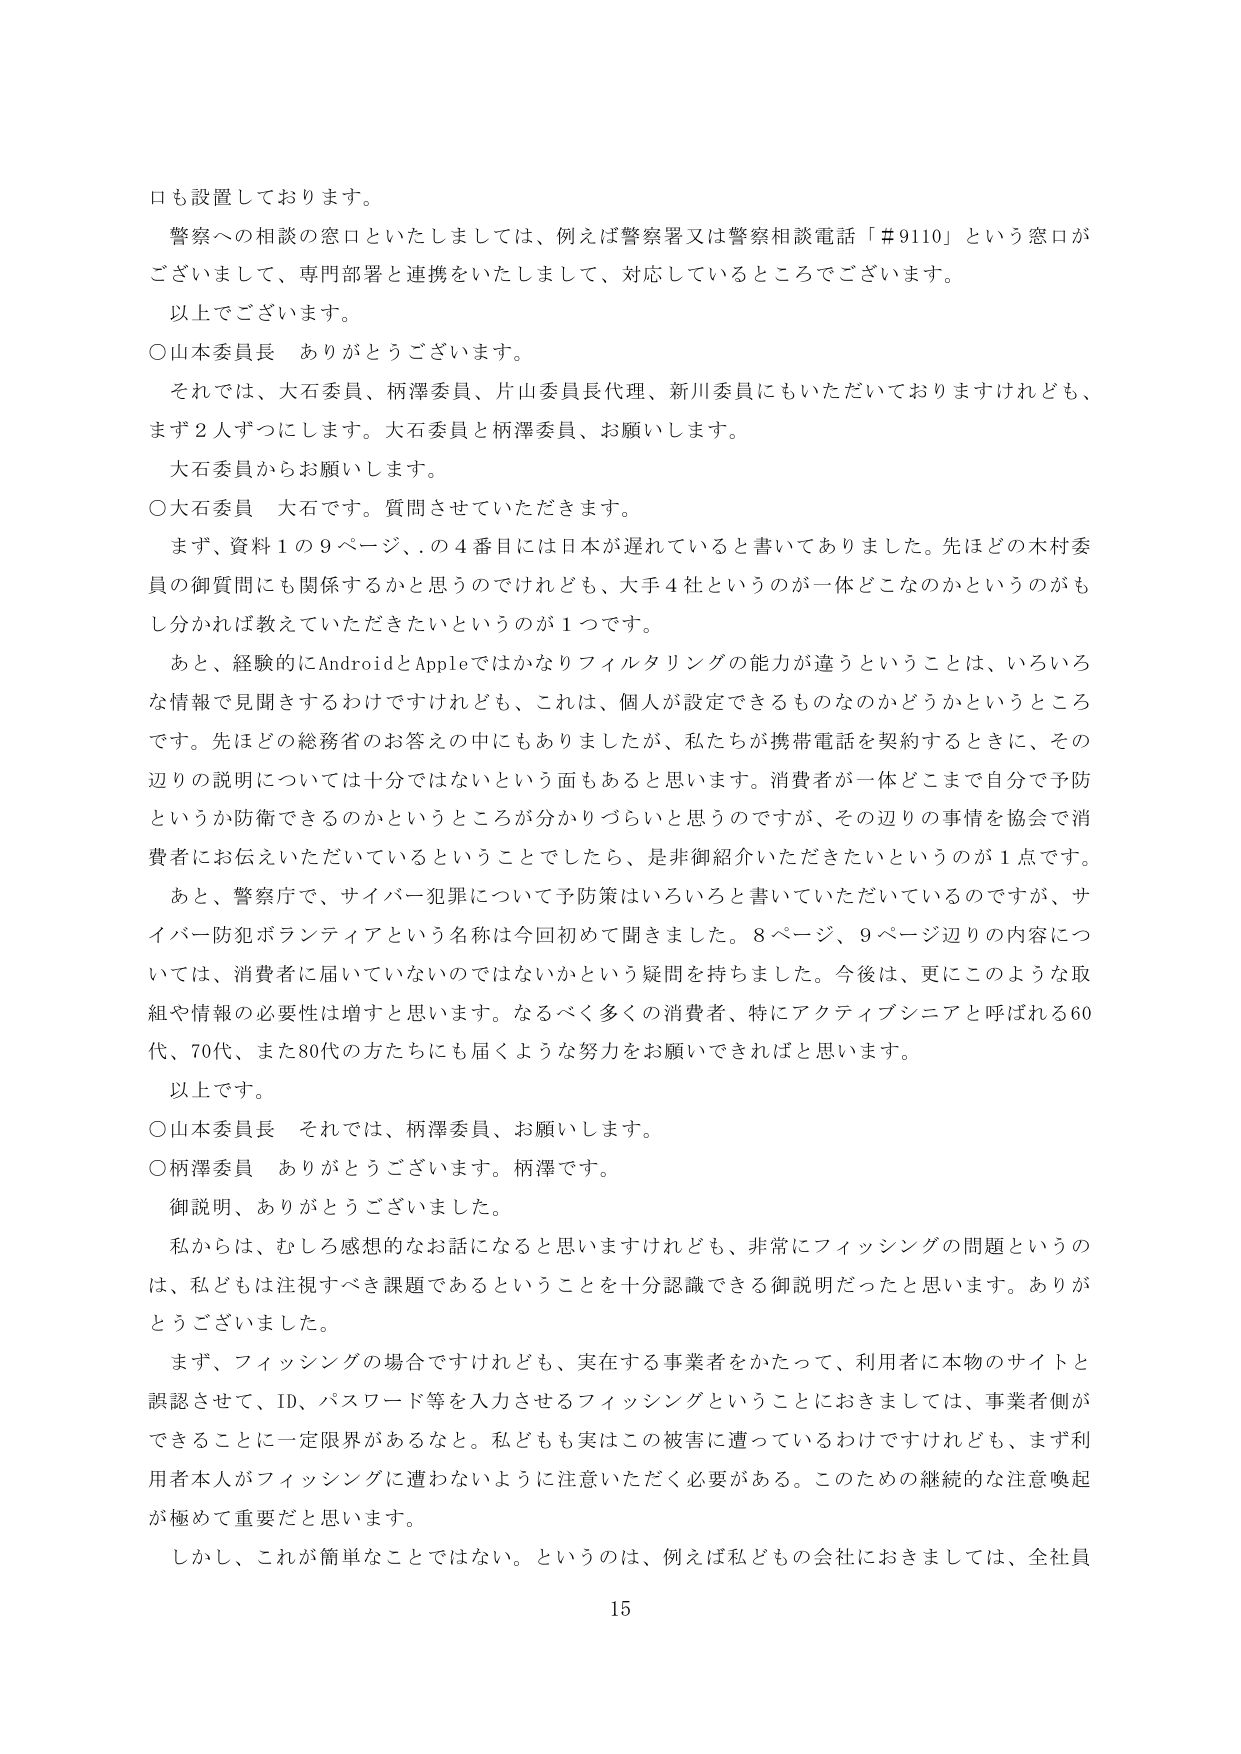
口も設置しております。

警察への相談の窓口といたしましては、例えば警察署又は警察相談電話「＃9110」という窓口がございまして、専門部署と連携をいたしまして、対応しているところでございます。

以上でございます。

○山本委員長　ありがとうございます。

それでは、大石委員、柄澤委員、片山委員長代理、新川委員にもいただいておりますけれども、まず2人ずつにします。大石委員と柄澤委員、お願いします。

大石委員からお願いします。

○大石委員　大石です。質問させていただきます。

まず、資料1の9ページ、の4番目には日本が遅れていると書いてありました。先ほど木村委員の御質問にも関係するかと思うのでけれども、大手4社というのが一体どこなのかというのがもしどうか分かれば教えていただきたいというのが1つです。

あと、経験的にAndroidとAppleではかなりフィルタリングの能力が違うということは、いろいろな情報に見聞きするわけですけれども、これは、個人が設定できるものなのかどうかというところです。先ほど総務省のお答えの中にもありましたが、私たちが携帯電話を契約するときに、その辺りの説明については十分ではないという面もあると思います。消費者が一体どこまで自分で予防というか防衛できるのかというところが分かりづらいと思うのですが、その辺りの事情を協会で消費者にお伝えいただいているということでしたら、是非御紹介いただきたいというのが1点です。

あと、警察庁で、サイバー犯罪について予防策はいろいろと書いていただいているのですが、サイバー防犯ボランティアという名称は今回初めて聞きました。8ページ、9ページ辺りの内容については、消費者に届いていないのではないかという疑問を持ちました。今後は、更にこのような取組や情報の必要性は増すと思います。なるべく多くの消費者、特にアクティブシニアと呼ばれる60代、70代、また80代の方たちにも届くような努力をお願いできればと思います。

以上です。

○山本委員長　それでは、柄澤委員、お願いします。

○柄澤委員　ありがとうございます。柄澤です。

御説明、ありがとうございました。

私からは、むしろ感想的なお話になると思いますけれども、非常にフィッシングの問題というのは、私どもは注視すべき課題であるということを十分認識できる御説明だったと思います。ありがとうございました。

まず、フィッシングの場合ですけれども、実在する事業者をかたって、利用者に本物のサイトと誤認させて、ID、パスワード等を入力させるフィッシングということにおきましては、事業者側ができることに一定限界があるなと。私どもも実はこの被害に遭っているわけですけれども、まず利用者本人がフィッシングに遭わないように注意いただく必要がある。このための継続的な注意喚起が極めて重要だと思います。

しかし、これが簡単なことではない。というのは、例えば私どもの会社におきましては、全社員

15